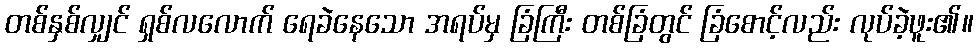
တစ်နှစ်လျှင် ရှစ်လလောက် ရေခဲနေသော အရပ်မှ ခြံကြီး တစ်ခြံတွင် ခြံစောင့်လည်း လုပ်ခဲ့ဖူး၏။